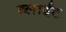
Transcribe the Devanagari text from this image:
ब्लाईट